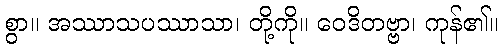
စွာ။ အဿာသပဿာသာ၊ တို့ကို။ ဝေဒိတဗ္ဗာ၊ ကုန်၏။